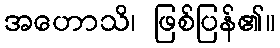
အဟောသိ၊ ဖြစ်ပြန်၏။